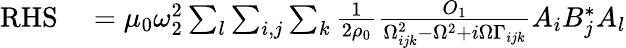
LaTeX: \begin{array}{rl}{\mathrm{RHS}}&{{}=\mu_{0}\omega_{2}^{2}\sum_{l}\sum_{i,j}\sum_{k}\frac{1}{2\rho_{0}}\frac{O_{1}}{\Omega_{ijk}^{2}-\Omega^{2}+i\Omega\Gamma_{ijk}}A_{i}B_{j}^{*}A_{l}}\end{array}